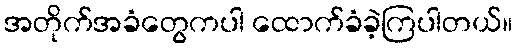
အတိုက်အခံတွေကပါ ထောက်ခံခဲ့ကြပါတယ်။